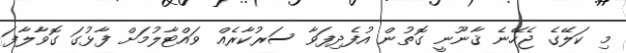
މި ކަލޭގެ ޖެހޭނެ ޤާނޫނީ ގޮތުން އުފެދިފަވާ ސަރުކާރެއް ވައްޓާލުމަށް ފާޅުގަ ގޮވާލާފަ